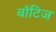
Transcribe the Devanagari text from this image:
वॉटिज